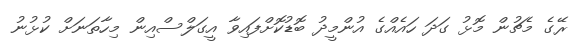
ރޭގެ މެޗުން މޮޅު ގަދަ ހައެއްގެ އުންމީދު ބޮޑުކޮށްފައިވާ އީގަލްސްއިން މިހާތަނަށް ކުޅުނު